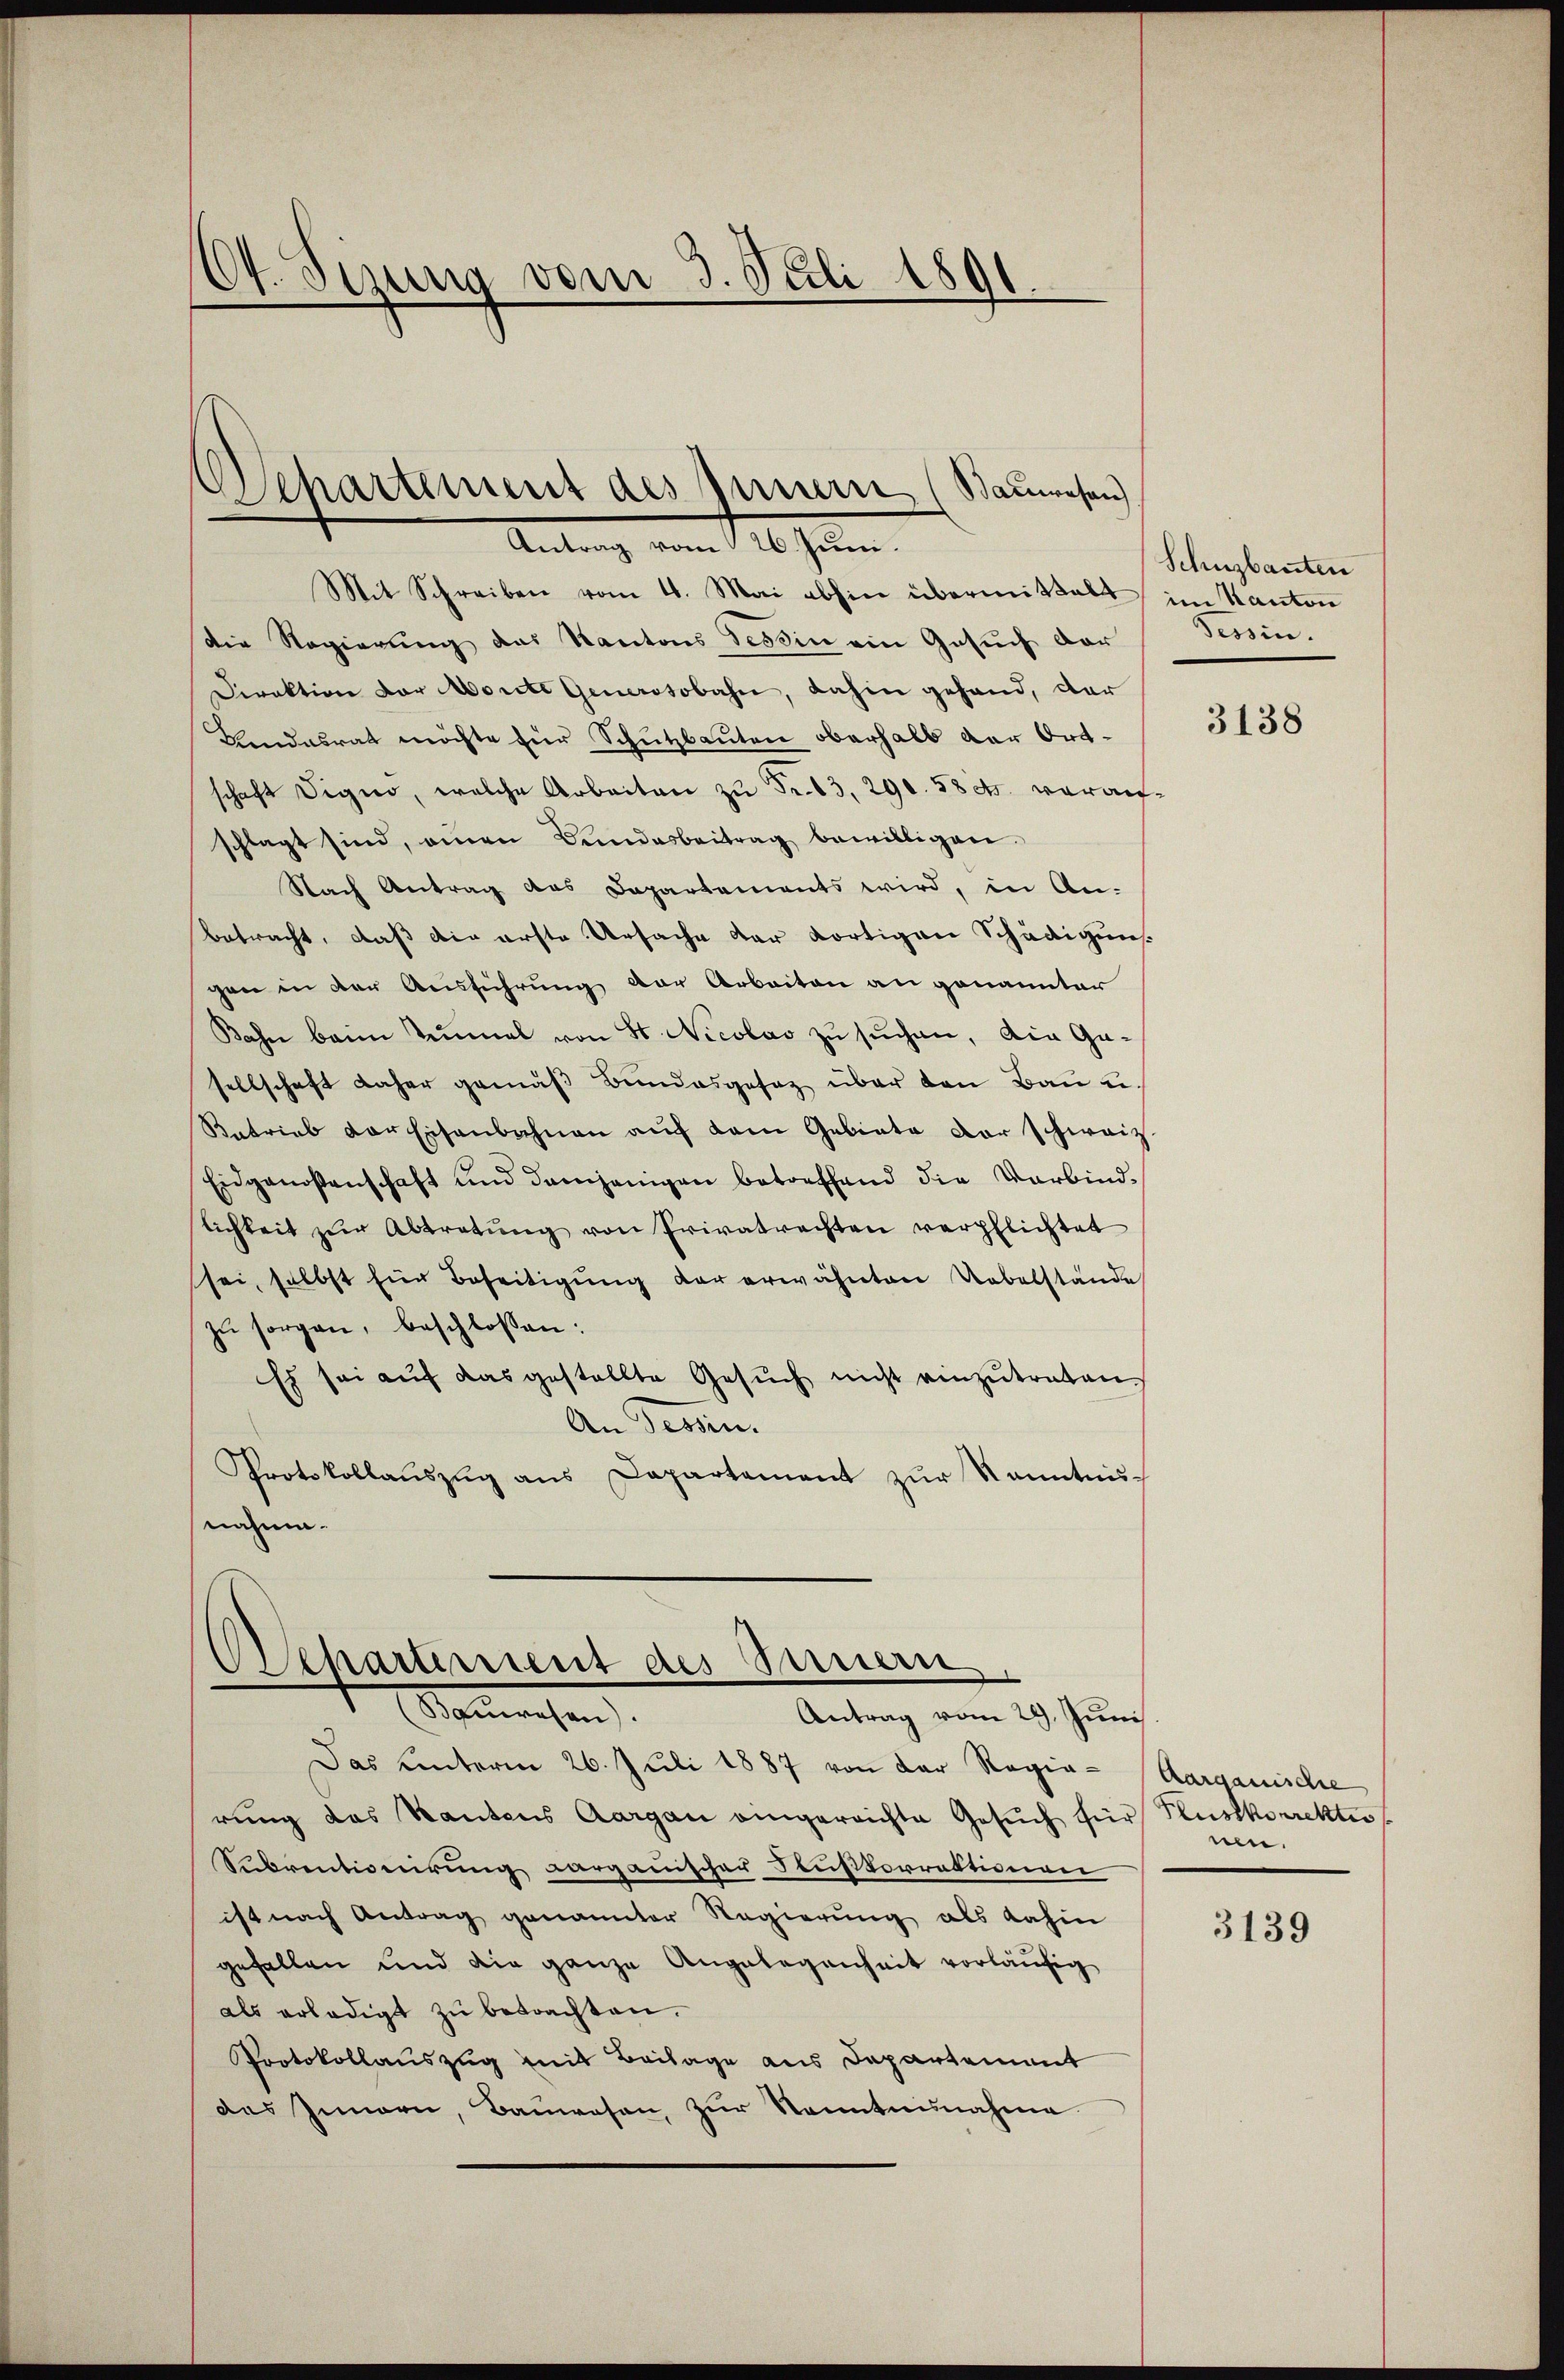
A.
gung vom 3. Juli 1891.

Departement des Innern (Bauwesen
Antrag vom 26. Juni.

Mit Schreiben vom 4. Mai abhin übermittelt im Kanton
Die Regierung das Kantons Tessin ein Gesuch dar
Direktion der Morite Generosobahn, dahin gehand, dar
Aendesrat möchte für Schutzbauten oberhalb der Ortschaft Signo, welche Arbeiten zŭ Fr. 13, 290. 58 dr. voraufschlagt sind, einen Bundesbeitrag bewilligen.
Nach Antrag das Departements wird, in An-
betracht, daß die erste Ursache der dortigen Schädigun
gen in der Ausführung der Arbeiten an genannter
Bahn beim Tumal von St. Nicolas zu suchen, die Gesellschaft daher gemäβ Bŭndesgesez über den Bau u.
Retrieb der Eisenbahnen aŭf dem Gebiete der schweiz.
Eidgenoßenschaft und demjenigen betreffend die Verbindlichkeit zŭr Abtretŭng von Privatrechten verpflichtet
sei, selbst für Beseitigŭng der erwähnten Uebelstände
zŭ sorgen, beschlossen:
Es sei auf das gestellte Gesuch nicht einzutreten.
An Tessin.
Protokollaŭszŭg ans Departement zŭr Kenntnis-
nähme.
Departement des Sinnern

Manwesen.
Antrag vom 29. Juni

Das unterm 26. Juli 1887 von der Regierung des Kantons Aargau eingereichte Gesŭch für Flusskorrekten
Subventionirung dargauischer Flußkorrektionen
ist nach Antrag genannter Regierung als dahin
gefallen und die ganze Angelegenheit vorläufig
als erledigt zŭ betrachten.
Protokollauszug mit Beilage aus Departement
das Innern, Bauwesen, zur Kenntnisnahme

Schnzbauten
Tessin.

3138

Aargauische
nen.

3139